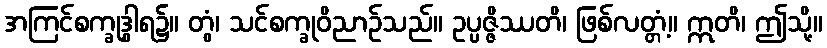
အကြင်စက္ခုဒွါရ၌။ တွံ၊ သင်စက္ခုဝိညာဉ်သည်။ ဥပ္ပဇ္ဇိဿတိ၊ ဖြစ်လတ္တံ့။ ဣတိ၊ ဤသို့။